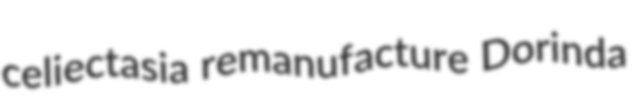
celiectasia remanufacture Dorinda